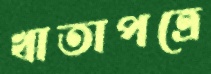
খাতাপত্রে